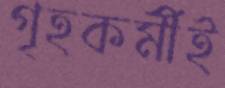
গৃহকর্মীই